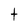
Character: t